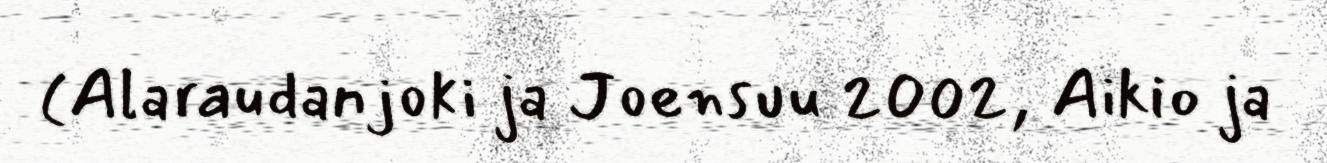
(Alaraudanjoki ja Joensuu 2002, Aikio ja